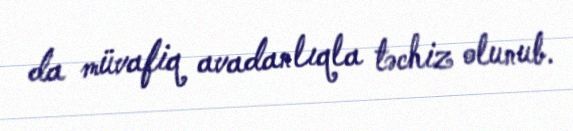
da müvafiq avadanlıqla təchiz olunub.